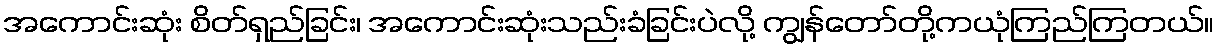
အကောင်းဆုံး စိတ်ရှည်ခြင်း၊ အကောင်းဆုံးသည်းခံခြင်းပဲလို့ ကျွန်တော်တို့ကယုံကြည်ကြတယ်။